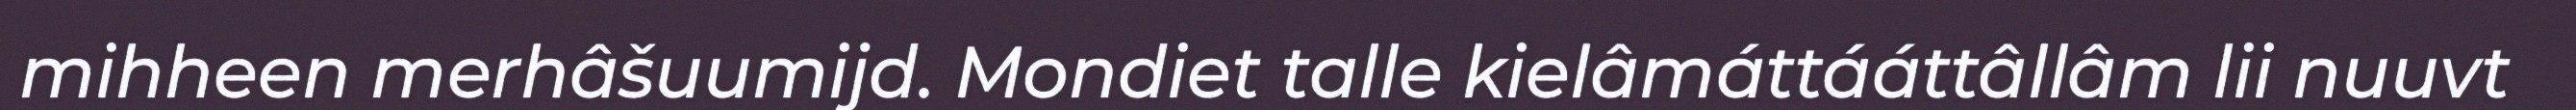
mihheen merhâšuumijd. Mondiet talle kielâmáttááttâllâm lii nuuvt